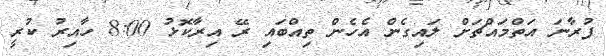
ފުރާނަ އަތްމައްޗަށް ލައިގެން އެހެން ތިއްބައި ރޭ އިރާކޮޅު 8:00 ހާއިރު ކުރީ